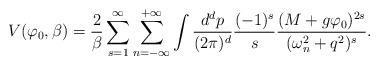
\begin{align*}V(\varphi_{0},\beta)=\frac{2}{\beta}\sum^{\infty}_{s=1}\sum^{+\infty}_{n=-\infty}\int\frac{d^{d}p}{(2\pi)^{d}}\frac{(-1)^{s}}{s}\frac{(M+g\varphi_{0})^{2s}}{(\omega^{2}_{n}+q^{2})^{s}}.\end{align*}